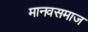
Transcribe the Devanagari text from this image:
मानवसमाज